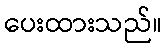
ပေးထားသည်။